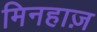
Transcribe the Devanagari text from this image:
मिनहाज़